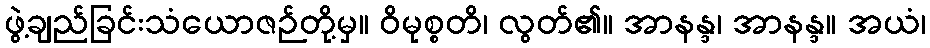
ဖွဲ့ချည်ခြင်းသံယောဇဉ်တို့မှ။ ဝိမုစ္စတိ၊ လွတ်၏။ အာနန္ဒ၊ အာနန္ဒ။ အယံ၊